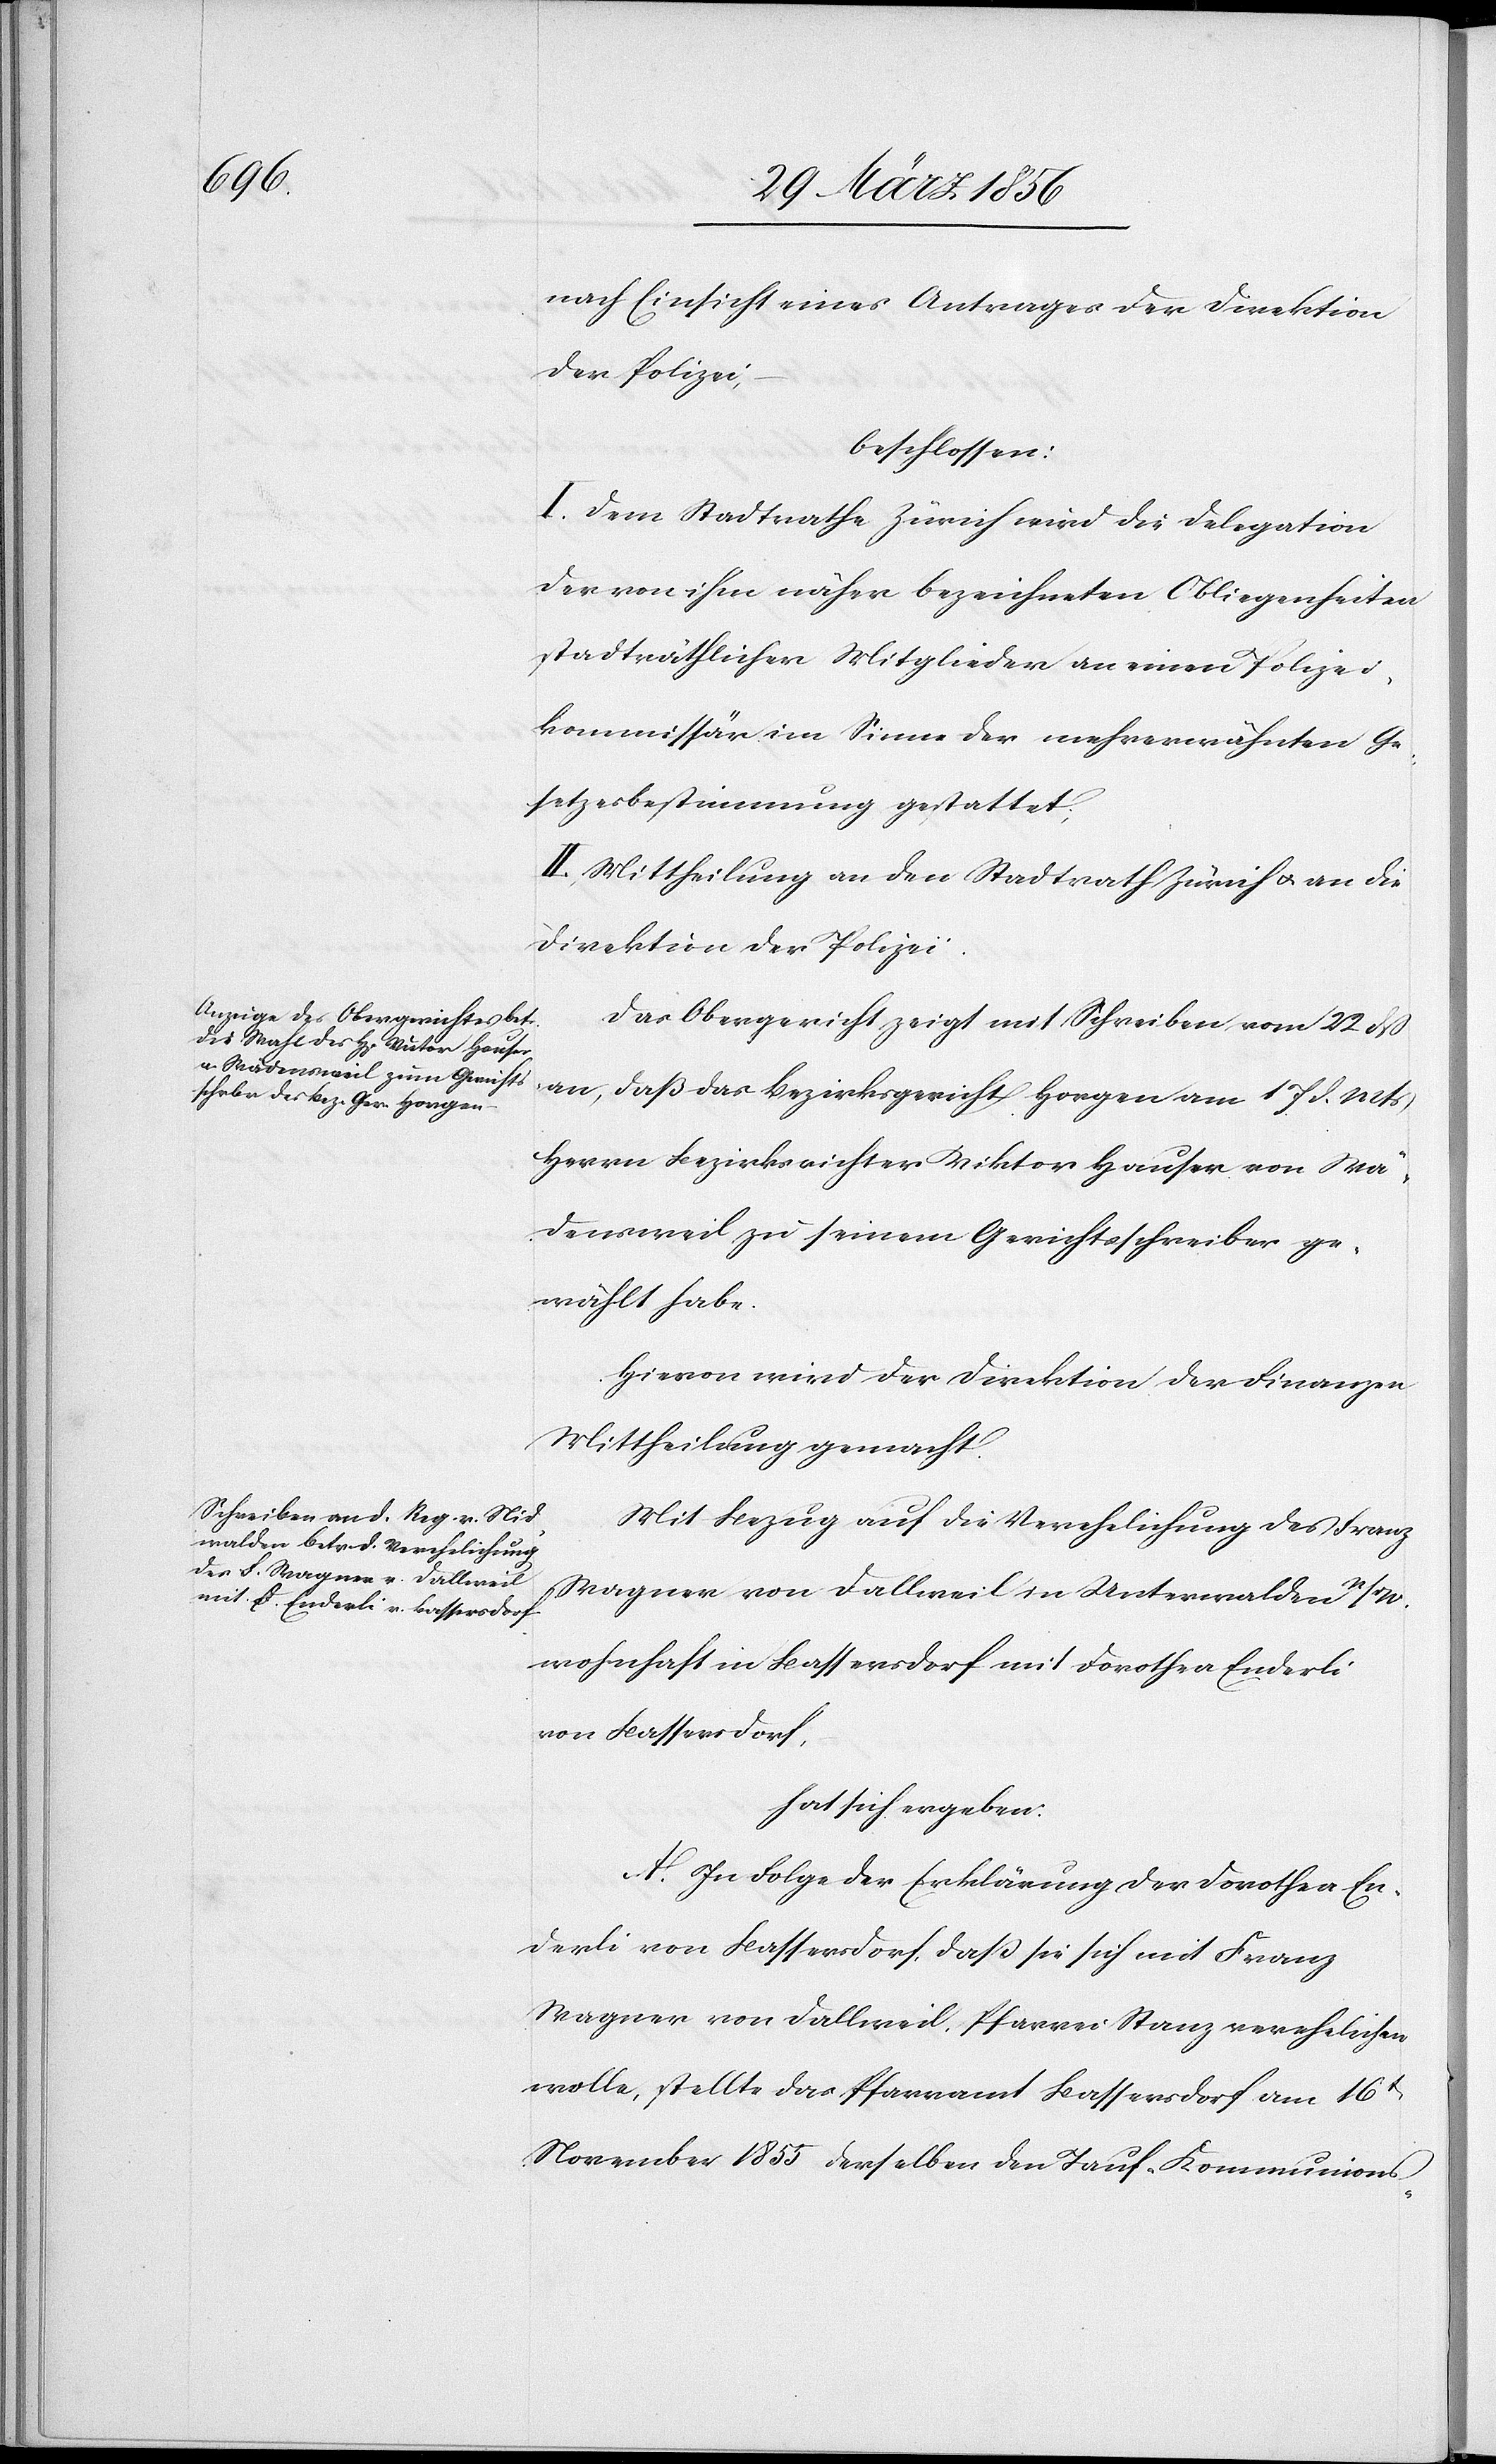
nach Einsicht eines Antrages der Direktion
der Polizei,
beschlossen:
I. Dem Stadtrathe Zürich wird die Delegation
der von ihm näher bezeichneten Obliegenheiten
stadträthlicher Mitglieder an einen Polizei¬
kommissär im Sinne der mehrerwähnten Ge¬
setzesbestimmung gestattet;
II. Mittheilung an den Stadtrath Zürich u. an die
Direktion der Polizei.
Das Obergericht zeigt mit Schreiben vom 22 dß
an, daß das Bezirksgericht Horgen am 17 d. Mts
Herrn Bezirksrichter Viktor Hauser von Wä¬
densweil zu seinem Gerichtsschreiber ge¬
wählt habe.
Hievon wird der Direktion der Finanzen
Mittheilung gemacht.
Mit Bezug auf die Verehelichung des Franz
Wagner von Dallweil in Unterwalden n/dW.
wohnhaft in Bassersdorf mit Dorothea Enderli
von Bassersdorf
hat sich ergeben:
A. In Folge der Erklärung der Dorothea En¬
derli von Bassersdorf, daß sie sich mit Franz
Wagner von Dallweil, Pfarrei Stanz verehelichen
wolle, stellte das Pfarramt Bassersdorf am 16t
November 1855 derselben den Tauf-[,] Kommunions-